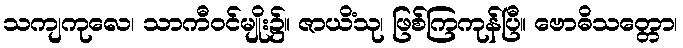
သကျကုလေ၊ သာကီဝင်မျိုး၌။ ဇာယိံသု၊ ဖြစ်ကြကုန်ပြီ။ ဗောဓိသတ္တော၊